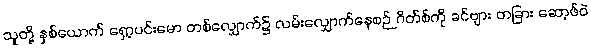
သူတို့ နှစ်ယောက် ရှော့ပင်းမော တစ်လျှောက်၌ လမ်းလျှောက်နေစဉ် ဂိတ်စ်ကို ခင်ဗျား တခြား ဆော့ဖ်ဝဲ